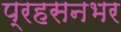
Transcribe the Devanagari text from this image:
प्रहसनभर